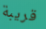
قريبة